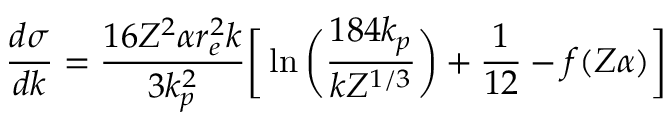
{ \frac { d \sigma } { d k } } = { \frac { 1 6 Z ^ { 2 } \alpha r _ { e } ^ { 2 } k } { 3 k _ { p } ^ { 2 } } } \bigg [ \ln { \bigg ( { \frac { 1 8 4 k _ { p } } { k Z ^ { 1 / 3 } } } \bigg ) } + { \frac { 1 } { 1 2 } } - f ( Z \alpha ) \bigg ]